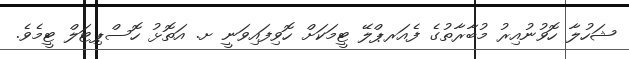
ޝަހުލާ ހޮވުނުއިރު މުބާރާތުގެ ފެއަރޕްލޭ ޓީމަކަށް ހޮވިފައިވަނީ ށ. އަތޮޅު ހޮސްޕިޓަލް ޓީމެވެ.